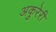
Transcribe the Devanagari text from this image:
अकुरेरी